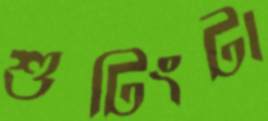
শুটিংটা